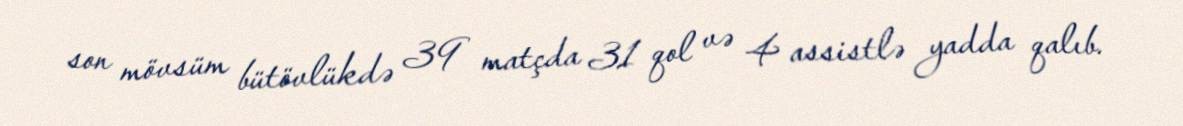
son mövsüm bütövlükdə 39 matçda 31 qol və 4 assistlə yadda qalıb.